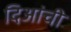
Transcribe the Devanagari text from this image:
दिआंची